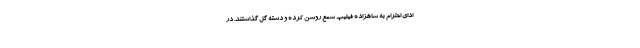
ادای احترام به شاهزاده فیلیپ شمع روشن کرده و دسته گل گذاشتند. در